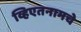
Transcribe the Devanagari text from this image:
व्हिएतनामचे